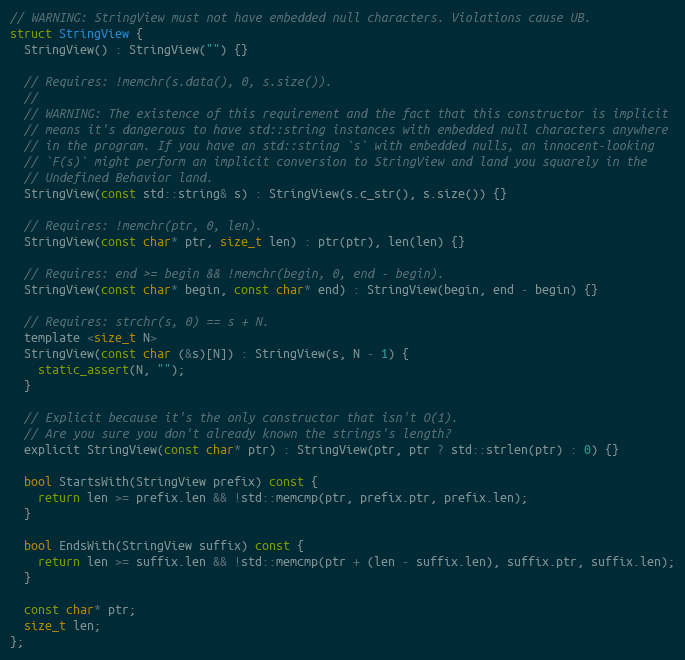
Language: C
// WARNING: StringView must not have embedded null characters. Violations cause UB.
struct StringView {
  StringView() : StringView("") {}

  // Requires: !memchr(s.data(), 0, s.size()).
  //
  // WARNING: The existence of this requirement and the fact that this constructor is implicit
  // means it's dangerous to have std::string instances with embedded null characters anywhere
  // in the program. If you have an std::string `s` with embedded nulls, an innocent-looking
  // `F(s)` might perform an implicit conversion to StringView and land you squarely in the
  // Undefined Behavior land.
  StringView(const std::string& s) : StringView(s.c_str(), s.size()) {}

  // Requires: !memchr(ptr, 0, len).
  StringView(const char* ptr, size_t len) : ptr(ptr), len(len) {}

  // Requires: end >= begin && !memchr(begin, 0, end - begin).
  StringView(const char* begin, const char* end) : StringView(begin, end - begin) {}

  // Requires: strchr(s, 0) == s + N.
  template <size_t N>
  StringView(const char (&s)[N]) : StringView(s, N - 1) {
    static_assert(N, "");
  }

  // Explicit because it's the only constructor that isn't O(1).
  // Are you sure you don't already known the strings's length?
  explicit StringView(const char* ptr) : StringView(ptr, ptr ? std::strlen(ptr) : 0) {}

  bool StartsWith(StringView prefix) const {
    return len >= prefix.len && !std::memcmp(ptr, prefix.ptr, prefix.len);
  }

  bool EndsWith(StringView suffix) const {
    return len >= suffix.len && !std::memcmp(ptr + (len - suffix.len), suffix.ptr, suffix.len);
  }

  const char* ptr;
  size_t len;
};